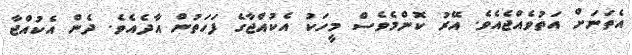
އެތަނަށް އަތުވެއްޖެއެވެ. އޭރު ކޮންމެވެސް މީހަކު އެކުއްޖާގެ ފަހަތުން އާދެއެވެ. ދެން އެކުއްޖާ